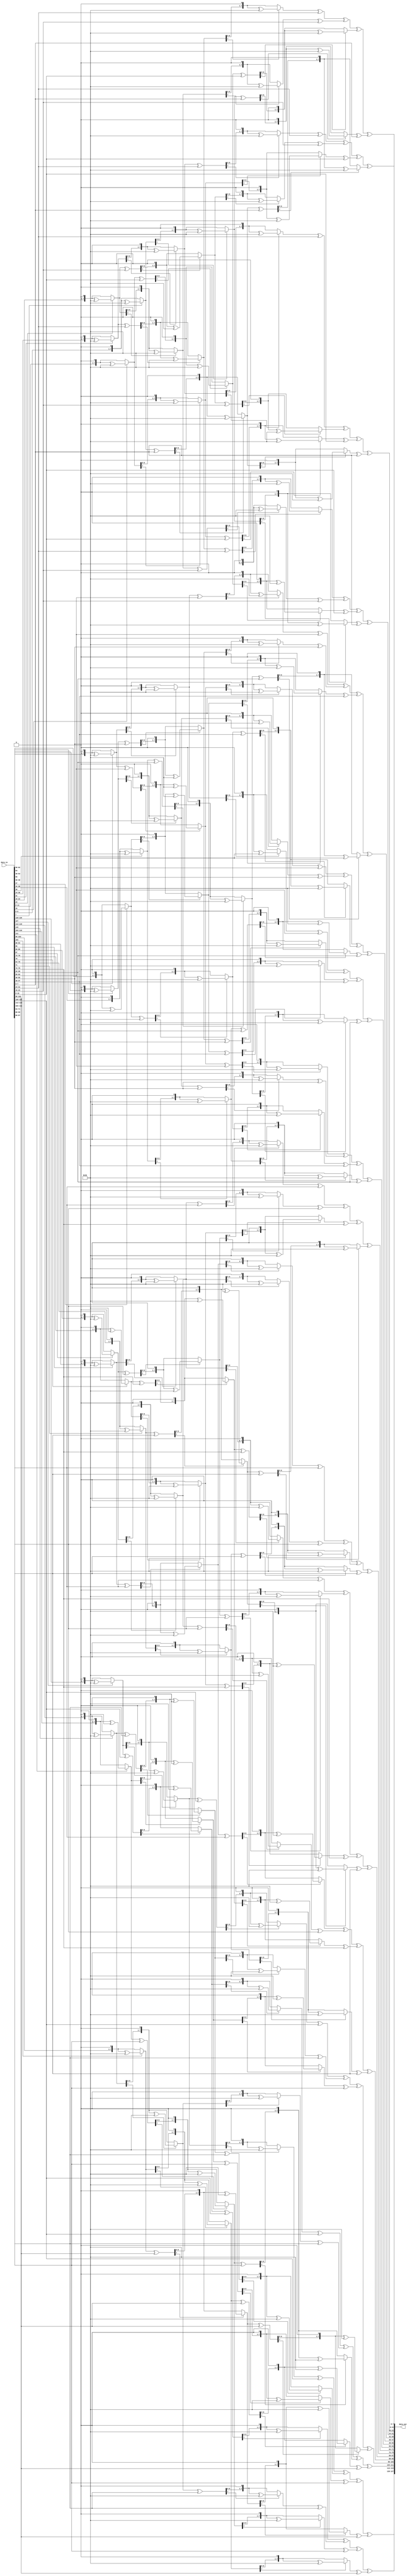
`timescale 1ns / 1ps
//////////////////////////////////////////////////////////////////////////////////
// Company: 
// Engineer: 
// 
// Design Name: 
// Module Name: Inverse_mix_columns
// Project Name: 
// Target Devices: 
// Tool Versions: 
// Description: 
// 
// Dependencies: 
// 
// Revision:
// Revision 0.01 - File Created
// Additional Comments:
// 
//////////////////////////////////////////////////////////////////////////////////


module Inverse_mix_columns(
    input [127:0] data_in,
    output [127:0] data_out
    );
    
    function [7:0] M2;
        input [7:0] x;
        begin
            M2 = (x[7])?(x<<1 ^ 'h1b):(x<<1);
        end
    endfunction
    
    function [7:0] M9;
        input [7:0] x;
        begin
            M9 = M2(M2(M2(x))) ^ x;
        end
    endfunction
    
    function [7:0] Mb;
        input [7:0] x;
        begin
            Mb = M2(M2(M2(x))^ x) ^ x;
        end
    endfunction
    
    function [7:0] Md;
        input [7:0] x;
        begin
            Md = M2(M2(M2(x)^ x)) ^ x;
        end
    endfunction
    
   function [7:0] Me;
        input [7:0] x;
        begin
            Me = M2(M2(M2(x)^ x) ^ x);
        end
    endfunction
   
    genvar i; 
    generate 
    for(i = 0; i < 4; i = i + 1) begin
         assign data_out[127-32*i:120-32*i] = Me(data_in[127-32*i:120-32*i]) ^ Mb(data_in[119-32*i:112-32*i]) ^ Md(data_in[111-32*i:104-32*i]) ^ M9(data_in[103-32*i:96-32*i]);
         assign data_out[119-32*i:112-32*i] = M9(data_in[127-32*i:120-32*i]) ^ Me(data_in[119-32*i:112-32*i]) ^ Mb(data_in[111-32*i:104-32*i]) ^ Md(data_in[103-32*i:96-32*i]);
         assign data_out[111-32*i:104-32*i] = Md(data_in[127-32*i:120-32*i]) ^ M9(data_in[119-32*i:112-32*i]) ^ Me(data_in[111-32*i:104-32*i]) ^ Mb(data_in[103-32*i:96-32*i]);
         assign data_out[103-32*i:96-32*i] = Mb(data_in[127-32*i:120-32*i]) ^ Md(data_in[119-32*i:112-32*i]) ^ M9(data_in[111-32*i:104-32*i]) ^ Me(data_in[103-32*i:96-32*i]);
    end
    endgenerate
endmodule